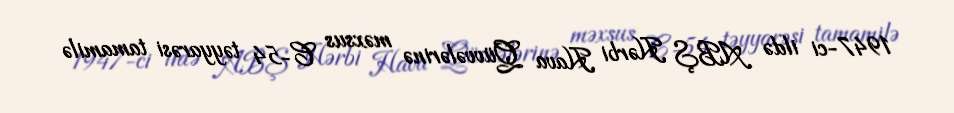
1947-ci ildə ABŞ Hərbi Hava Qüvvələrinə məxsus C-54 təyyarəsi tamamilə